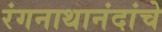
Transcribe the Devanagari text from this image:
रंगनाथानंदांचे